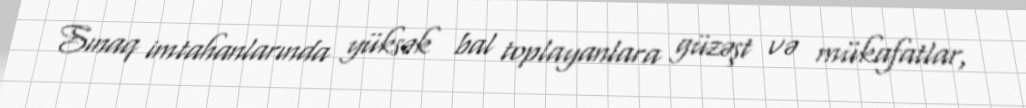
Sınaq imtahanlarında yüksək bal toplayanlara güzəşt və mükafatlar,